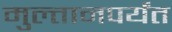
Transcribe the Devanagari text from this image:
मुल्तानपर्यंत